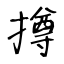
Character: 撙